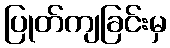
ပြုတ်ကျခြင်းမှ